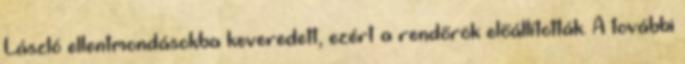
László ellentmondásokba keveredett, ezért a rendőrök előállították. A további